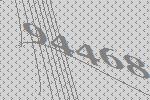
94468